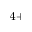
^ { 4 + }